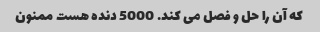
که آن را حل و فصل می کند. 5000 دنده هست ممنون